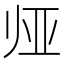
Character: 𱍰